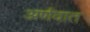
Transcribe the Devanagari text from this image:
अर्णवात